Lunatic asylums Madras 1892-1911 - 1892-1911
Year: 1892
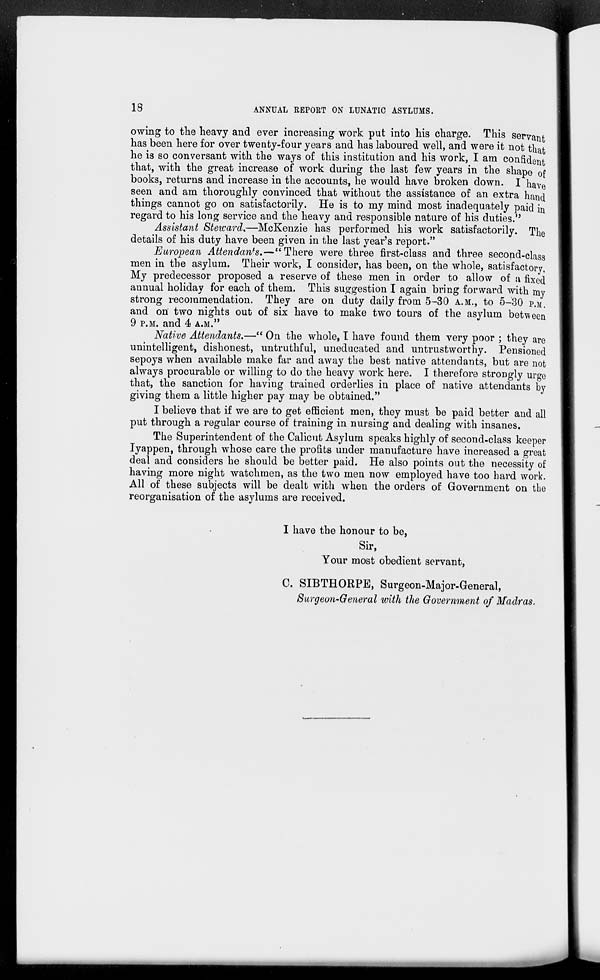
18
ANNUAL REPORT ON LUNATIC ASYLUMS.
owing to the heavy and ever increasing work put into his charge. This servant
has been here for over twenty-four years and has laboured well, and were it not that
he is so conversant with the ways of this institution and his work, I am confident
that, with the great increase of work during the last few years in the shape of
books, returns and increase in the accounts, he would have broken down. I have
seen and am thoroughly convinced that without the assistance of an extra hand
things cannot go on satisfactorily. He is to my mind most inadequately paid in
regard to his long service and the heavy and responsible nature of his duties."
Assistant Steward*—McKenzie has performed his work satisfactorily. The
details of his duty have been given in the last year's report."
European Attendants.—"There were three first-class and three second-class
men in the asylum. Their work, I consider, has been, on the whole, satisfactory.
My predecessor proposed a reserve of these men in order to allow of a fixed
annual holiday for each of them. This suggestion I again bring forward with my
strong recommendation. They are on duty daily from 5-30 A.M., to 5-30 P.M.
and on' two nights out of six have to make two tours of the asylum between
9 P.M. and 4 A.M."
Native Attendants.—" On the whole, T have found them very poor ; they are
unintelligent, dishonest, untruthful, uneducated and untrustworthy. Pensioned
sepoys when available make far and away the best native attendants, but are not
always procurable or willing to do the heavy work here. I therefore strongly urge
that, the sanction for having trained orderlies in place of native attendants by
giving them a little higher pay may be obtained."
I believe that if we are to get efficient men, they must be paid better and all
put through a regular course of training in nursing and dealing with insanes.
The Superintendent of the Calicut Asylum speaks highly of second-class keeper
Iyappen, through whose care the profits under manufacture have increased a great
deal and considers he should be better paid. He also points out the necessity of
having more night watchmen, as the two men now employed have too hard work.
All of these subjects will be dealt with when the orders of Government on the
reorganisation of the asylums are received.
I have the honour to be,
Sir,
Your most obedient servant,
C. SIBTHORPE, Surgeon-Major-General,
Surgeon-General with the Government of Madras.